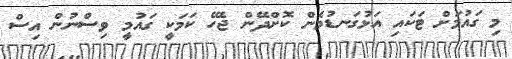
މި ގައުމަށް ޓަކައި އަޅުގަނޑުމެން ކޮށްދޭން ޖެހޭ ކަމަކީ ގައުމީ ވިސްނުން އިސް